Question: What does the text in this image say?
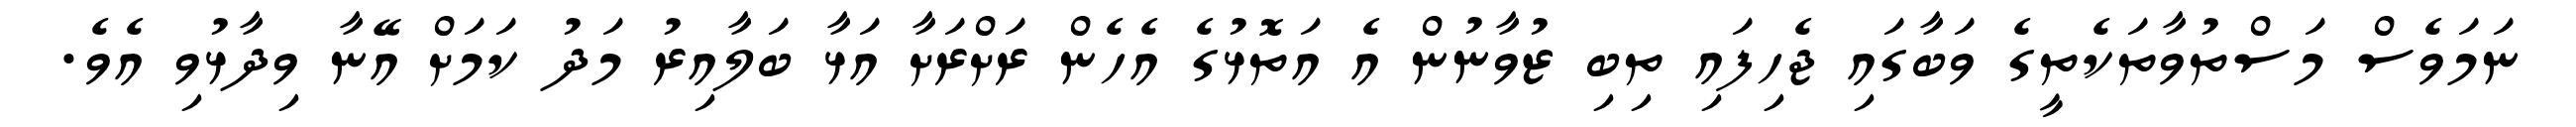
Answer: ނަމަވެސް މަސްތުވާތަކެތީގެ ވަބާގައި ޖެހިފައި ތިބި ޒުވާނުން އެ އަތޮޅުގެ އެހެން ރަށްރަށާ އަޅާ ބަލާއިރު މަދު ކަމަށް އޭނާ ވިދާޅުވި އެވެ.